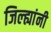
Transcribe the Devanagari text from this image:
जिल्ह्यांनी